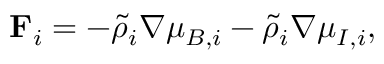
\mathbf { F } _ { i } = - \tilde { \rho } _ { i } \nabla \mu _ { B , i } - \tilde { \rho } _ { i } \nabla \mu _ { I , i } ,